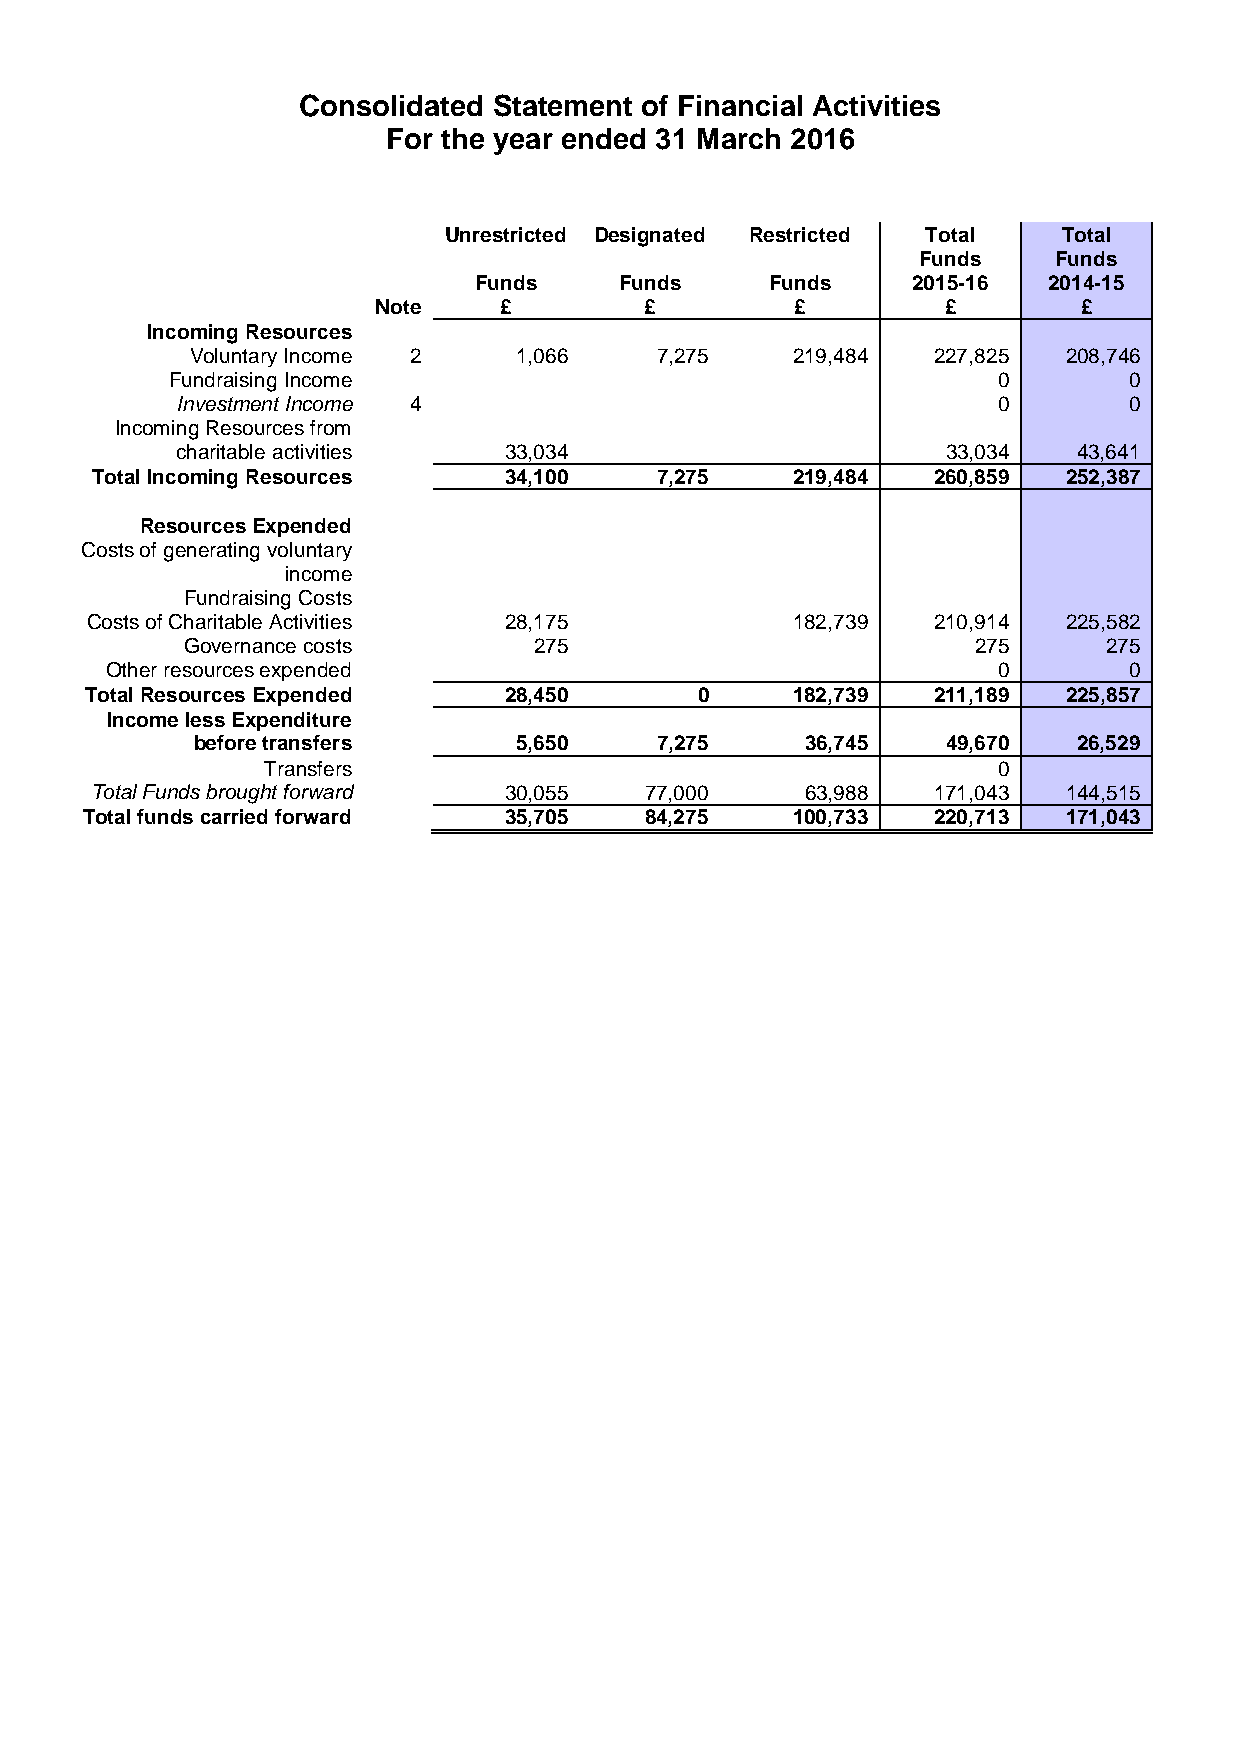
Consolidated Statement of Financial Activities
 For the year ended 31 March 2016
 Unrestricted Designated Restricted Total Total
 Funds    Funds
 Funds     Funds     Funds    2015-16  2014-15
 Note    £         £         £        £         £
 Incoming Resources
 Voluntary Income 2   1,066    7,275    219,484   227,825  208,746
 Fundraising Income                                     0        0
 Investment Income 4                                   0        0
 Incoming Resources from
 charitable activities 33,034                       33,034  43,641
 Total Incoming Resources   34,100    7,275    219,484   260,859  252,387
 Resources Expended
 Costs of generating voluntary
 income
 Fundraising Costs
 Costs of Charitable Activities 28,175         182,739   210,914  225,582
 Governance costs       275                          275      275
 Other resources expended                                   0        0
 Total Resources Expended   28,450       0     182,739   211,189  225,857
 Income less Expenditure
 before transfers     5,650    7,275     36,745    49,670  26,529
 Transfers                                        0
 Total Funds brought forward 30,055   77,000    63,988   171,043  144,515
 Total funds carried forward 35,705    84,275   100,733   220,713  171,043